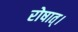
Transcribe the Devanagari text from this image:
रोषात्।